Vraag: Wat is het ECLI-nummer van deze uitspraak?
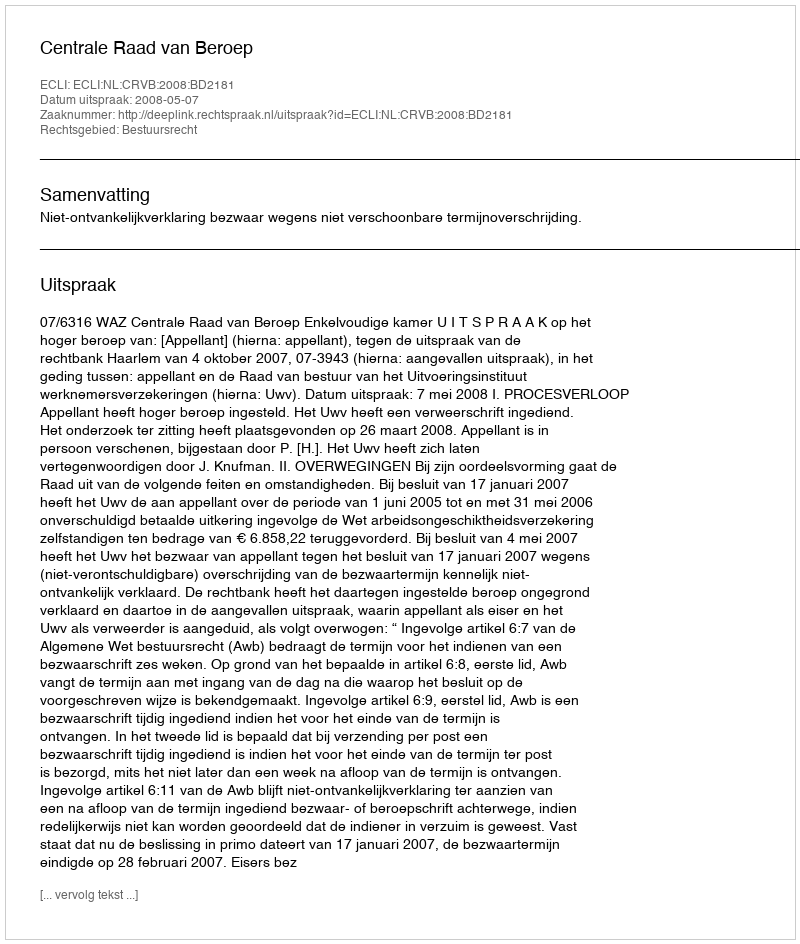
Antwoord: ECLI:NL:CRVB:2008:BD2181